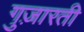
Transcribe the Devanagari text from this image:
गुज़ारती